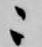
ニ